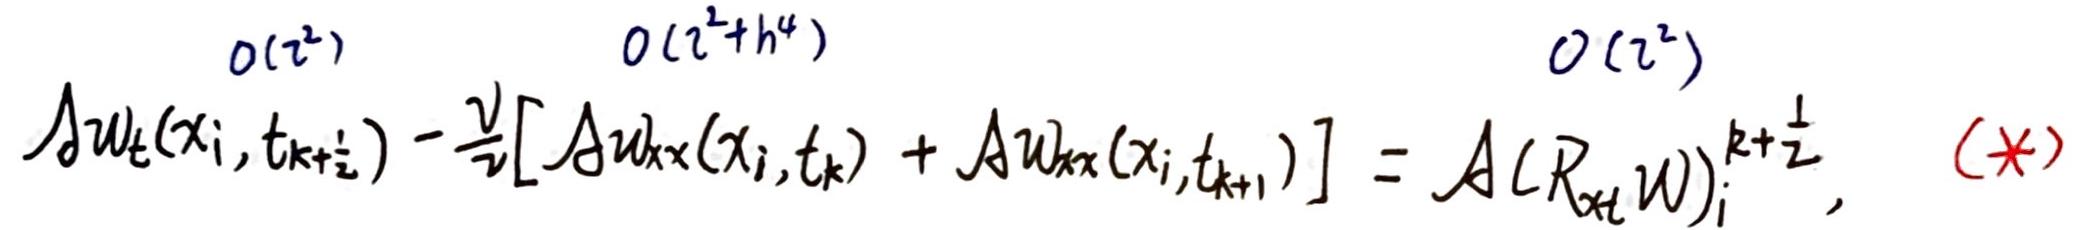
$ \mathcal{A} w_{t}(x_{i}, t_{k+\frac{1}{2}})-\frac{\nu}{2}[\mathcal{A} w_{xx}(x_{i}, t_{k})+\mathcal{A} w_{xx}(x_{i}, t_{k+1})]=\mathcal{A}(R_{xt} w)_{i}^{k + \frac{1}{2}}, \quad (\ast) $
$O(\tau^{2})\quad O(\tau^{2}+h^{4})\quad O(\tau^{2})$